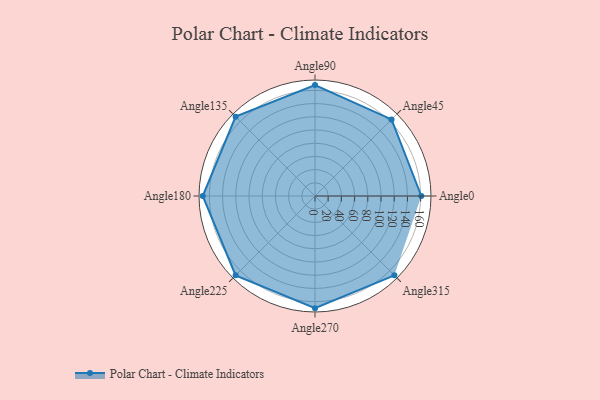
{"axis": {"x": "Angle", "y": "Radius"}, "legend": [""], "data": [{"x": "Angle0", "y": 161.0, "type": ""}, {"x": "Angle45", "y": 164.0, "type": ""}, {"x": "Angle90", "y": 168.0, "type": ""}, {"x": "Angle135", "y": 170, "type": ""}, {"x": "Angle180", "y": 170, "type": ""}, {"x": "Angle225", "y": 170, "type": ""}, {"x": "Angle270", "y": 170, "type": ""}, {"x": "Angle315", "y": 170, "type": ""}]}